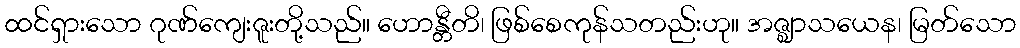
ထင်ရှားသော ဂုဏ်ကျေးဇူးတို့သည်။ ဟောန္တီတိ၊ ဖြစ်စေကုန်သတည်းဟု။ အဇ္ဈာသယေန၊ မြတ်သော